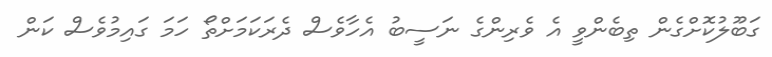
ގަބޫލުކޮށްގެން ތިބެންވީ އެ ވެރިންގެ ނަސީބު އެހާވެސް ދެރަކަމަށްތޯ ހަމަ ގައިމުވެސް ކަން